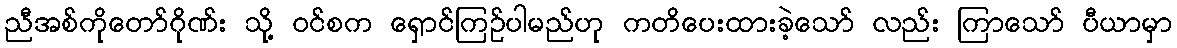
ညီအစ်ကိုတော်ဂိုဏ်း သို့ ဝင်စက ရှောင်ကြဉ်ပါမည်ဟု ကတိပေးထားခဲ့သော် လည်း ကြာသော် ပီယာမှာ